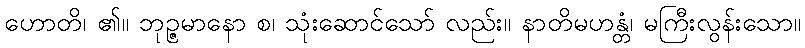
ဟောတိ၊ ၏။ ဘုဉ္ဇမာနော စ၊ သုံးဆောင်သော် လည်း။ နာတိမဟန္တံ၊ မကြီးလွန်းသော။